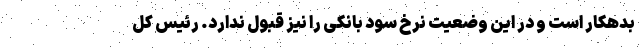
بدهکار است و در این وضعیت نرخ سود بانکی را نیز قبول ندارد. رئیس کل